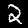
Label: 2